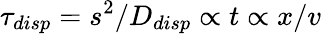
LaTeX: \tau_{disp}=s^{2}/D_{disp}\propto t\propto x/v